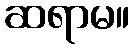
ဆရာမ။